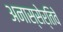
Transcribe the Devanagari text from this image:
अनास्सेर्तिवे